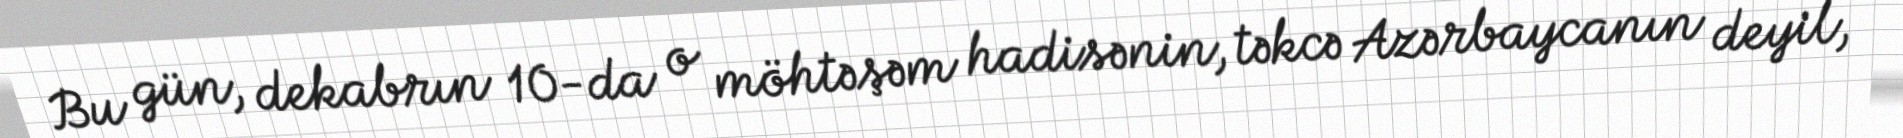
Bu gün, dekabrın 10-da o möhtəşəm hadisənin, təkcə Azərbaycanın deyil,